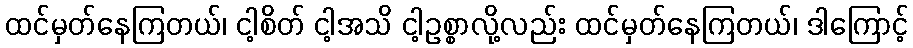
ထင်မှတ်နေကြတယ်၊ ငါ့စိတ် ငါ့အသိ ငါ့ဥစ္စာလို့လည်း ထင်မှတ်နေကြတယ်၊ ဒါကြောင့်